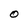
Character: O